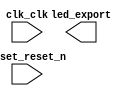

module nes (
	clk_clk,
	led_export,
	reset_reset_n);	

	input		clk_clk;
	output	[7:0]	led_export;
	input		reset_reset_n;
endmodule